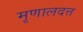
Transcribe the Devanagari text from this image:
मृणालदत्त